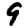
Digit: 9